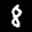
Label: 8